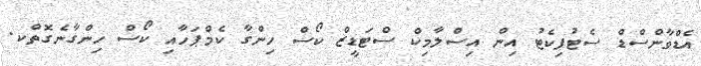
އެޑްވާންސްޑް ސެޓުފިކެޓު އިން އިސްލާމިކް ސްޓަޑީޒް ކޯސް ހިންގާ ކެމްޕަހާއި ކޯސް ހިންގާނެގޮތްކ.